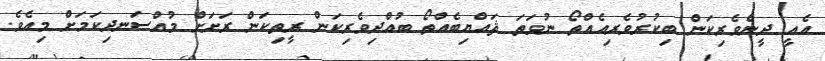
އެއީ ދީންވެރިކަން ބިކުރުވެރިއެއްތޯ ނުވަތަ ޘައްޔިބެއްތޯ ބުއްދިވެރިކަން ރީތިކަން ރަށަށް މުއްސަނދިކަމަށް މިއެވެ.